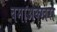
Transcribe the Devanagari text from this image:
बमाअक्खरा